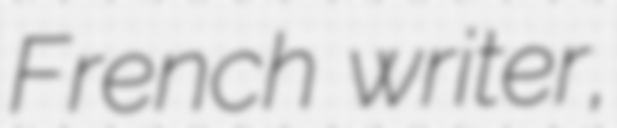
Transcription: French writer,